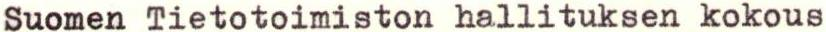
Suomen Tietotoimiston hallituksen kokous